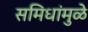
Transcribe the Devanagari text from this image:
समिधांमुळे